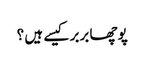
پوچھا بربر کیسے ہیں ؟